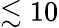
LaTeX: \lesssim 10